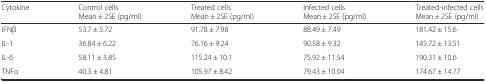
| Cytokine | Control cells Mean ± 2SE (pg/ml) | Treated cells Mean ± 2SE (pg/ml) | Infected cells Mean ± 2SE (pg/ml) | Treated-infected cells Mean ± 2SE (pg/ml) |
 | --- | --- | --- | --- | --- |
 | IFNβ | 53.7 ± 5.72 | 91.78 ± 7.98 | 88.49 ± 7.49 | 181.42 ± 15.6 |
 | IL-1 | 36.84 ± 6.22 | 76.16 ± 9.24 | 90.58 ± 9.32 | 145.72 ± 13.51 |
 | IL-6 | 58.11 ± 3.85 | 115.24 ± 10.1 | 75.92 ± 11.54 | 190.31 ± 10.6 |
 | TNFα | 40.3 ± 4.81 | 105.97 ± 8.42 | 79.43 ± 10.04 | 174.67 ± 14.77 |